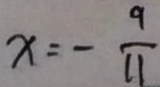
x = - \frac { 9 } { 1 1 }